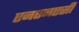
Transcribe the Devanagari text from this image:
एनएनएसी